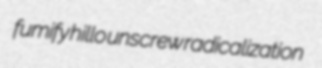
fumify hillo unscrew radicalization